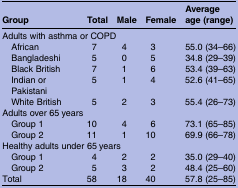
| Group | Total | Male | Female | Average age (range) |
 | --- | --- | --- | --- | --- |
 | <COLSPAN=5> Adults with asthma or COPD |
 | African | 7 | 4 | 3 | 55.0 (34–66) |
 | Bangladeshi | 5 | 0 | 5 | 34.8 (29–39) |
 | Black British | 7 | 1 | 6 | 53.4 (39–63) |
 | Indian or Pakistani | 5 | 1 | 4 | 52.6 (41–65) |
 | White British | 5 | 2 | 3 | 55.4 (26–73) |
 | <COLSPAN=5> Adults over 65 years |
 | Group 1 | 10 | 4 | 6 | 73.1 (65–85) |
 | Group 2 | 11 | 1 | 10 | 69.9 (66–78) |
 | <COLSPAN=5> Healthy adults under 65 years |
 | Group 1 | 4 | 2 | 2 | 35.0 (29–40) |
 | Group 2 | 5 | 3 | 2 | 48.4 (25–60) |
 | Total | 58 | 18 | 40 | 57.8 (25–85) |